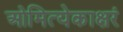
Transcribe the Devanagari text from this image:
ओमित्येकाक्षरं